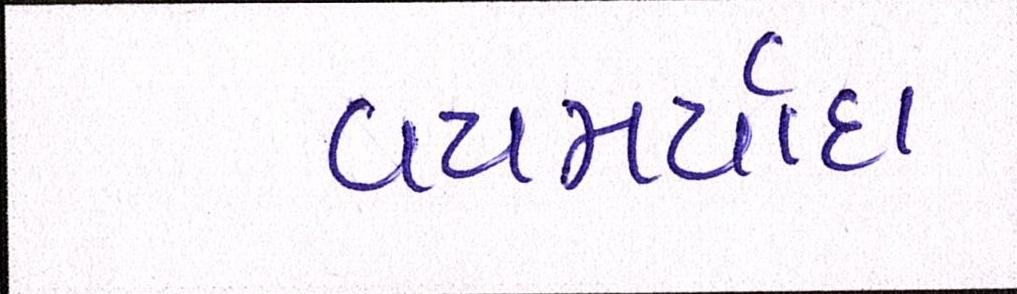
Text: વયમર્યાદા